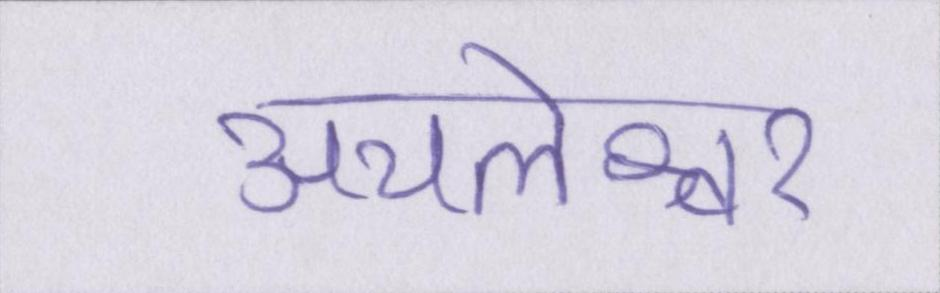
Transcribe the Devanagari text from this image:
अचलेश्वर